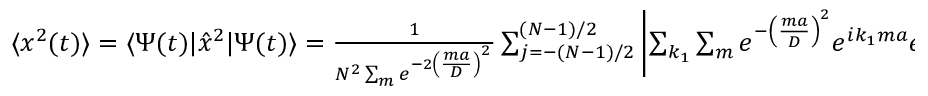
\begin{array} { r } { \langle x ^ { 2 } ( t ) \rangle = \langle \Psi ( t ) | \hat { x } ^ { 2 } | \Psi ( t ) \rangle = \frac { 1 } { N ^ { 2 } \sum _ { m } e ^ { - 2 \left( \frac { m a } { D } \right) ^ { 2 } } } \sum _ { j = - ( N - 1 ) / 2 } ^ { ( N - 1 ) / 2 } \left| \sum _ { k _ { 1 } } \sum _ { m } e ^ { - \left( \frac { m a } { D } \right) ^ { 2 } } e ^ { i k _ { 1 } m a } e ^ { - i k _ { 1 } j a } e ^ { i E _ { k _ { 1 } } t / \hbar } ( j a ) \right| ^ { 2 } . } \end{array}